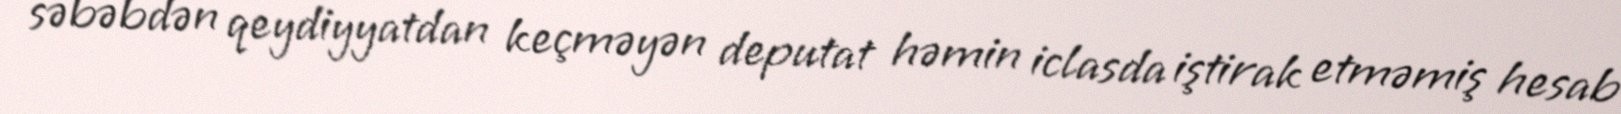
səbəbdən qeydiyyatdan keçməyən deputat həmin iclasda iştirak etməmiş hesab